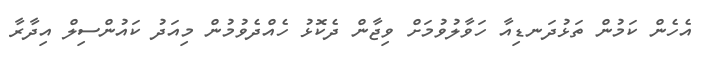
އެހެން ކަމުން ތަޅުދަނޑިއާ ހަވާލުވުމަށް ވިޖާން ދެކޮޅު ހެއްދެވުމުން މިއަދު ކައުންސިލް އިދާރާ